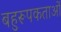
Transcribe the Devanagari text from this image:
बहुरूपकताओं